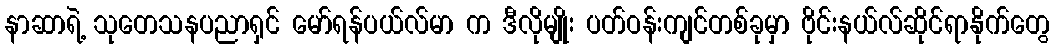
နာဆာရဲ့ သုတေသနပညာရှင် မော်ရန်ပယ်လ်မာ က ဒီလိုမျိုး ပတ်ဝန်းကျင်တစ်ခုမှာ ဗိုင်းနယ်လ်ဆိုင်ရာနိုက်တွေ